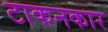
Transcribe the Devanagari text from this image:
टाकनकार